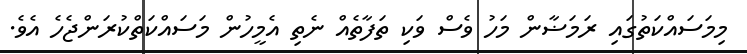
މިމަސައްކަތުގައި ރަމަޟާން މަހު ވެސް ވަކި ތަފާތެއް ނެތި އެމީހުން މަސައްކަތްކުރަންޖެހެ އެވެ.